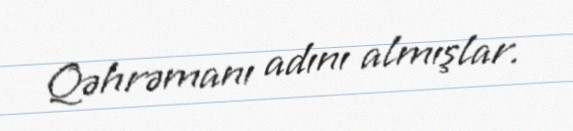
Qəhrəmanı adını almışlar.